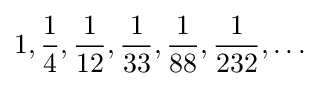
{\textstyle \displaystyle 1,{\frac {1}{4}},{\frac {1}{12}},{\frac {1}{33}},{\frac {1}{88}},{\frac {1}{232}},\dots }